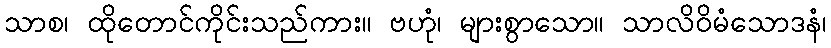
သာစ၊ ထိုတောင်ကိုင်းသည်ကား။ ဗဟုံ၊ များစွာသော။ သာလိဝိမံသောဒနံ၊